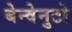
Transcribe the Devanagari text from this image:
बेन्वेनुटो